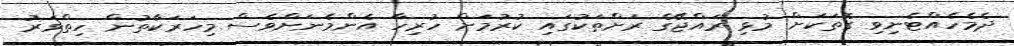
ދެމެހެއްޓެނިވި ގޮތަކަށް މުޅި ރައްޖޭގެ ރަށްތަކުގައި ކުރުމަށް ހުރިހާ އެންމެނަށްވެސް މިހަރަކާތުން ހިތްވަރު